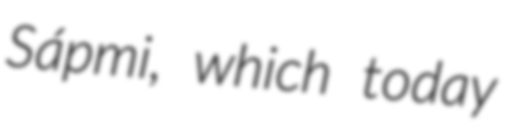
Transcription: Sápmi, which today